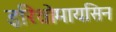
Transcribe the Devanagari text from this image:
इरिथ्रोमायसिन